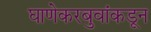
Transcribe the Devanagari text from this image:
घाणेकरबुवांकडून